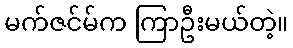
မက်ဇင်မ်က ကြာဦးမယ်တဲ့။